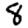
Digit: 8